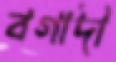
বগাদী